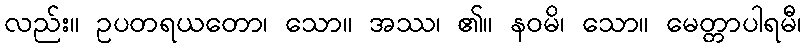
လည်း။ ဥပတရယတော၊ သော။ အဿ၊ ၏။ နဝမိ၊ သော။ မေတ္တာပါရမီ၊